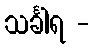
သင်္ခါရ -